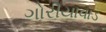
ગોરીયાવાડ